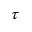
\tau